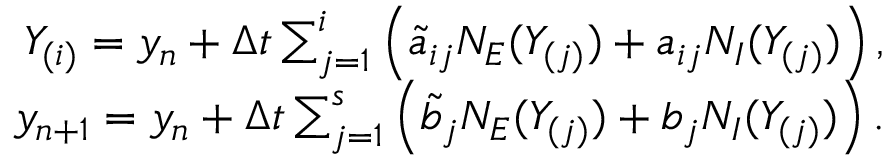
\begin{array} { r } { Y _ { ( i ) } = y _ { n } + \Delta t \sum _ { j = 1 } ^ { i } \left( \tilde { a } _ { i j } N _ { E } ( Y _ { ( j ) } ) + a _ { i j } N _ { I } ( Y _ { ( j ) } ) \right) , } \\ { y _ { n + 1 } = y _ { n } + \Delta t \sum _ { j = 1 } ^ { s } \left( \tilde { b } _ { j } N _ { E } ( Y _ { ( j ) } ) + b _ { j } N _ { I } ( Y _ { ( j ) } ) \right) . } \end{array}